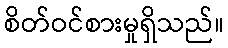
စိတ်ဝင်စားမှုရှိသည်။